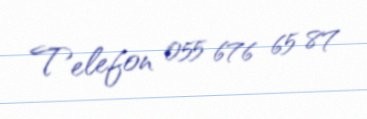
Telefon 055 676 65 87